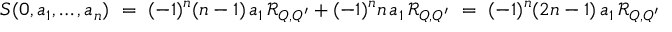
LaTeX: S ( 0 , a _ { 1 } , \ldots , a _ { n } ) \ = \ ( - 1 ) ^ { n } ( n - 1 ) \, a _ { 1 } \, { \mathcal R } _ { Q , Q ^ { \prime } } + ( - 1 ) ^ { n } n \, a _ { 1 } \, { \mathcal R } _ { Q , Q ^ { \prime } } \ = \ ( - 1 ) ^ { n } ( 2 n - 1 ) \, a _ { 1 } \, { \mathcal R } _ { Q , Q ^ { \prime } }